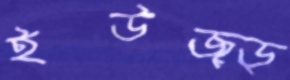
ইউজ্ড্